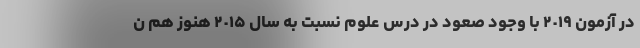
در آزمون ٢٠١٩ با وجود صعود در درس علوم نسبت به سال ٢٠١۵ هنوز هم ن